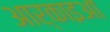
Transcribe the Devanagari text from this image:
आर्काइआ